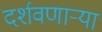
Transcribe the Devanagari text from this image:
दर्शवणार्‍या